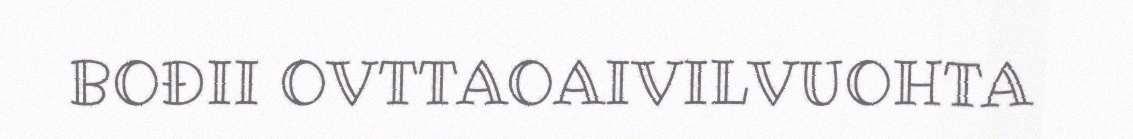
BOĐII OVTTAOAIVILVUOHTA